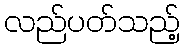
လည်ပတ်သည့်